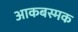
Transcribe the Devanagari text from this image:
आकबस्मक